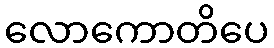
လောကောတိပေ